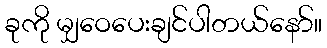
ခုကို မျှဝေပေးချင်ပါတယ်နော်။